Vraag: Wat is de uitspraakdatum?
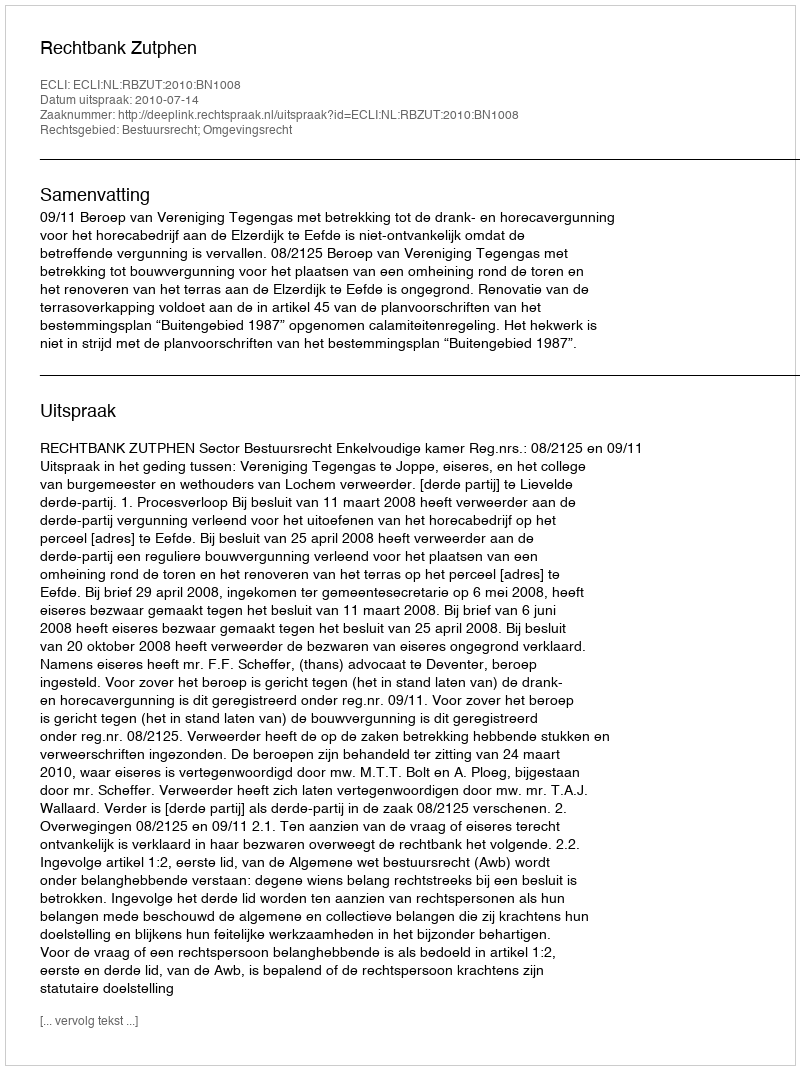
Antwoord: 2010-07-14